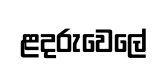
ළදරුවෙලේ